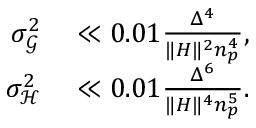
\begin{array} { r l } { \sigma _ { \mathcal { G } } ^ { 2 } } & { { } \ll 0 . 0 1 \frac { \Delta ^ { 4 } } { \lVert H \rVert ^ { 2 } n _ { p } ^ { 4 } } , } \\ { \sigma _ { \mathcal { H } } ^ { 2 } } & { { } \ll 0 . 0 1 \frac { \Delta ^ { 6 } } { \lVert H \rVert ^ { 4 } n _ { p } ^ { 5 } } . } \end{array}